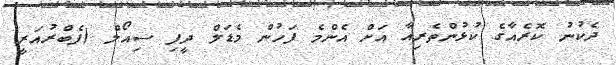
ދެކުނު ކޮރެއާގެ ކުޅުންތެރިއާ އަށް އެންމެ ފަހުން މެޑަލް ދީފި ސިއޯލް (ފެބްރުއަރީ